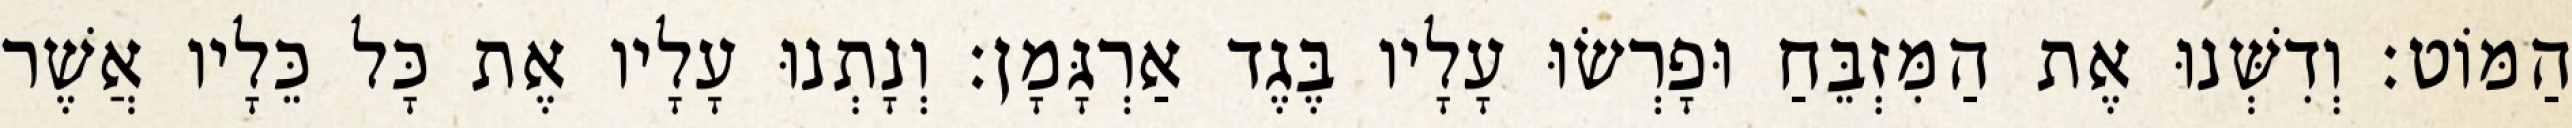
הַמּוֹט׃ וְדִשְּׁנוּ אֶת הַמִּזְבֵּחַ וּפָרְשׂוּ עָלָיו בֶּגֶד אַרְגָּמָן׃ וְנָתְנוּ עָלָיו אֶת כָּל כֵּלָיו אֲשֶׁר